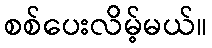
စစ်ပေးလိမ့်မယ်။